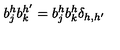
b _ { j } ^ { h } b _ { k } ^ { h ^ { \prime } } = b _ { j } ^ { h } b _ { k } ^ { h } \delta _ { h , h ^ { \prime } }